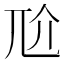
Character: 𡯓